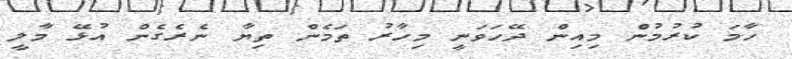
ހާމަ ކުރުމުން މިއިން ދޭހަވަނީ މިހާރު ތަމެން ތިޔާ ނެރެގެން އުޅޭ މާލީ